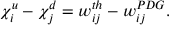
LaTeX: \chi _ { i } ^ { u } - \chi _ { j } ^ { d } = w _ { i j } ^ { t h } - w _ { i j } ^ { P D G } .